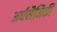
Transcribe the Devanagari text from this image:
अर्धसैनिकी